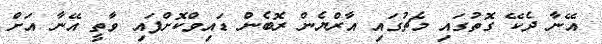
އޭނާ ދެކޭ ގޮތުގައި މެޗުގައި އާރްޔެން ރޮބެން ޑައިވްކޮށްފައި ވާތީ އޭނާ އަށް